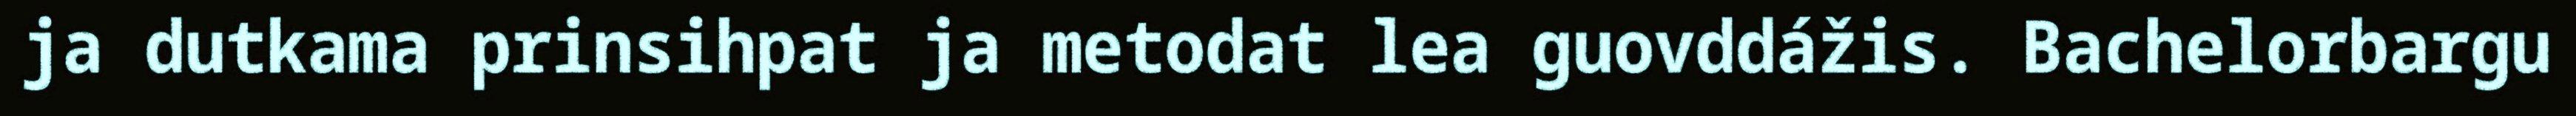
ja dutkama prinsihpat ja metodat lea guovddážis. Bachelorbargu